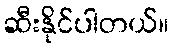
ဆီးနိုင်ပါတယ်။